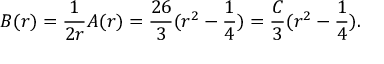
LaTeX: B ( r ) = \frac { 1 } { 2 r } A ( r ) = \frac { 2 6 } { 3 } ( r ^ { 2 } - \frac { 1 } { 4 } ) = \frac { C } { 3 } ( r ^ { 2 } - \frac { 1 } { 4 } ) .